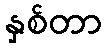
နှစ်တာ